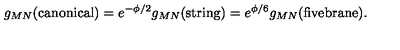
{ g _ { M N } ( \mathrm { c a n o n i c a l } ) = e ^ { - \phi / 2 } g _ { M N } ( \mathrm { s t r i n g } ) = e ^ { \phi / 6 } g _ { M N } ( \mathrm { f i v e b r a n e } ) . }